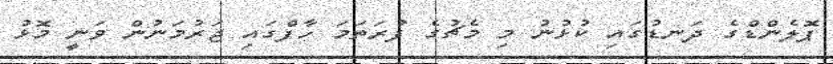
ޕޮލެންޑްގެ ދަނޑުގައި ކުޅުނު މި މެޗުގެ ފުރަތަމަ ހާފްގައި ޖަރުމަނުން ވަނީ މޮޅު